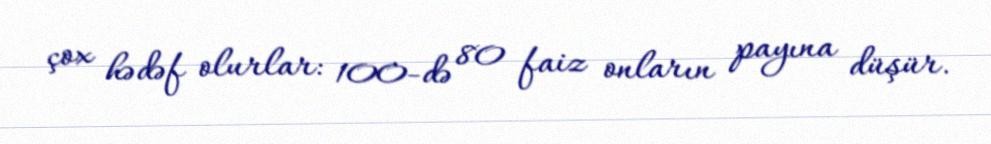
çox hədəf olurlar: 100-də 80 faiz onların payına düşür.